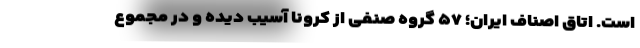
است. اتاق اصناف ایران؛ ۵۷ گروه صنفی از کرونا آسیب دیده و در مجموع